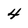
Character: 4